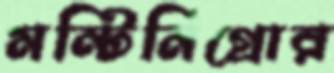
মন্টিনিগ্রোর